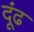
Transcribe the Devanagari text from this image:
दूंढ